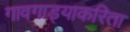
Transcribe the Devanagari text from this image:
गावगाड्याकरिता